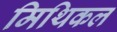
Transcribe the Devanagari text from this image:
मिथिकल